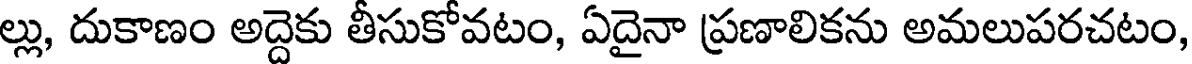
ల్లు, దుకాణం అద్దెకు తీసుకోవటం, ఏదైనా ప్రణాలికను అమలుపరచటం,